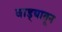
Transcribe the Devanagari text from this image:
वाड्यातून